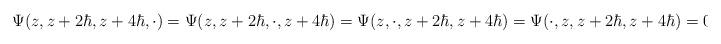
LaTeX: \begin{align*}\Psi(z,z+2\hbar,z+4\hbar,\cdot)=\Psi(z,z+2\hbar,\cdot,z+4\hbar)=\Psi(z,\cdot,z+2\hbar,z+4\hbar)=\Psi(\cdot,z,z+2\hbar,z+4\hbar)=0\end{align*}